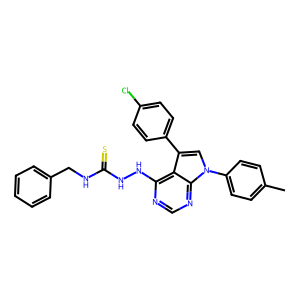
SMILES: Cc1ccc(-n2cc(-c3ccc(Cl)cc3)c3c(NNC(=S)NCc4ccccc4)ncnc32)cc1
Inhibits HIV replication: No